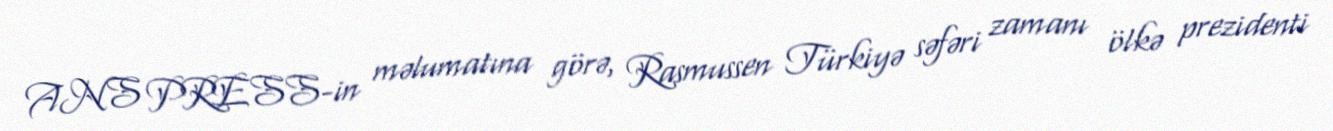
ANS PRESS-in məlumatına görə, Rasmussen Türkiyə səfəri zamanı ölkə prezidenti